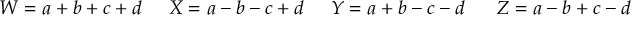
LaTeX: W = a + b + c + d \; \; \; \; \; X = a - b - c + d \; \; \; \; \; Y = a + b - c - d \; \; \; \; \; \; Z = a - b + c - d